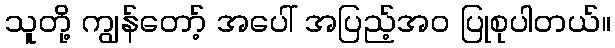
သူတို့ ကျွန်တော့် အပေါ် အပြည့်အဝ ပြုစုပါတယ်။